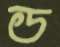
ড